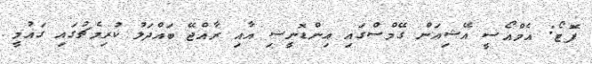
ފޮޓޯ: އެމްއޯސީ އޭޝިއަން ގޭމްސްގައި އިންޑޮނީޝި އާއި ރާއްޖޭ ބައްދަލު ކުރިމެޗުގައި ގައުމީ